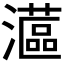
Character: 𤁮